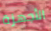
الأجهزة